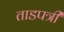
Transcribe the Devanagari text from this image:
ताडपत्री